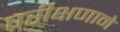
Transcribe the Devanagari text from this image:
परीक्षणाने